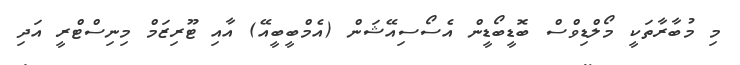
މި މުބާރާތަކީ މޯލްޑިވްސް ބޮޑީބޯޑީން އެސޯސިއޭޝަން (އެމްބީބީއޭ) އާއި ޓޫރިޒަމް މިނިސްޓްރީ އަދި